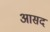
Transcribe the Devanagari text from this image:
आसद